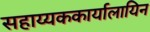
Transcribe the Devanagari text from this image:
सहाय्यककार्यालायिन